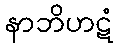
နာဘိဟဋံ